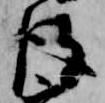
彼